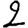
Digit: 2